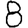
Digit: 8